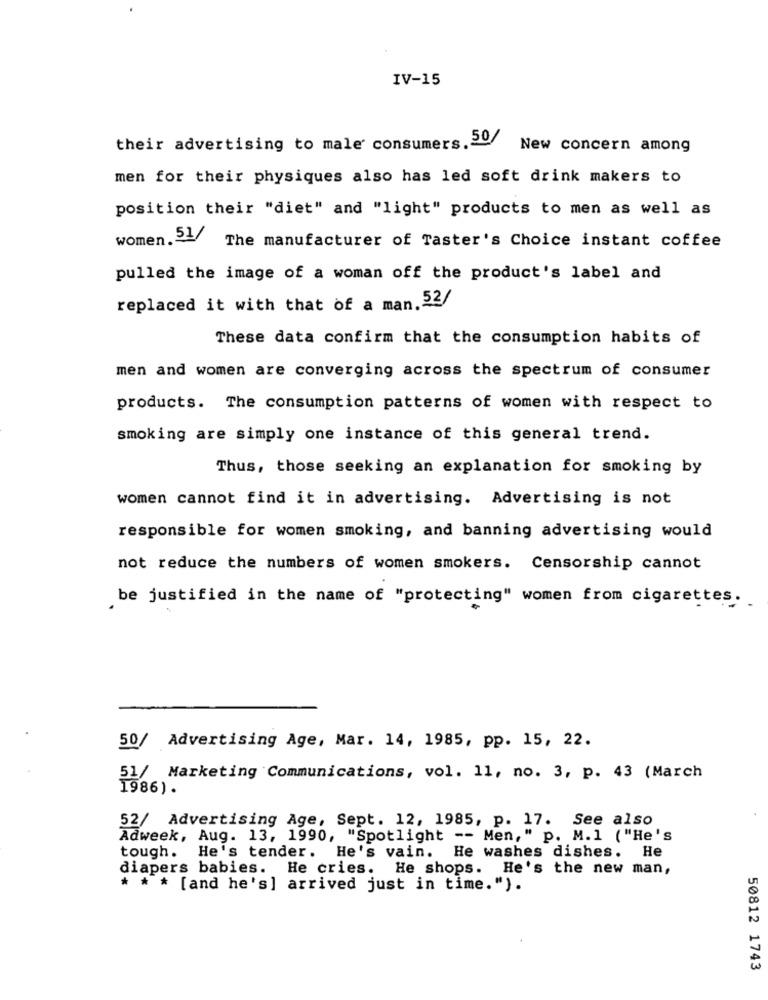
IV-15
50/
their advertising to male' consumers.
New concern among
men for their physiques also has led soft drink makers to
position their "diet" and "light" products to men as well as
women. 51/
The manufacturer of Taster's Choice instant coffee
pulled the image of a woman off the product's label and
replaced it with that of a man. 52/
These data confirm that the consumption habits of
men and women are converging across the spectrum of consumer
products. The consumption patterns of women with respect to
smoking are simply one instance of this general trend.
Thus, those seeking an explanation for smoking by
women cannot find it in advertising. Advertising is not
responsible for women smoking, and banning advertising would
not reduce the numbers of women smokers. Censorship cannot
be justified in the name of "protecting" women from cigarettes.
50/ Advertising Age, Mar. 14, 1985, pp. 15, 22.
51/ Marketing Communications, vol. 11, no. 3, p. 43 (March
1986).
52/ Advertising Age, Sept. 12, 1985, p. 17. See also
Adweek, Aug. 13, 1990, "Spotlight -- Men," p. M.1 ( "He's
tough. He's tender. He's vain. He washes dishes. He
diapers babies. He cries. He shops. He's the new man,
* * * [and he's] arrived just in time.").
50812 1743